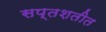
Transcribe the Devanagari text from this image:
सप्तशतीत